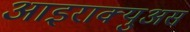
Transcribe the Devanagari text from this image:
आइराक्युअस